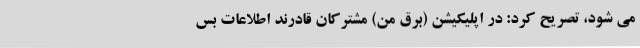
می شود، تصریح کرد: در اپلیکیشن (برق من) مشترکان قادرند اطلاعات بس